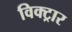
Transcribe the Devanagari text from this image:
विक्ट्रार